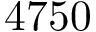
4 7 5 0